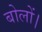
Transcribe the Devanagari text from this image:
बोलों।